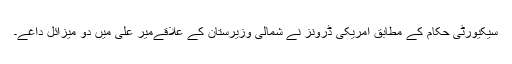
سیکیورٹی حکام کے مطابق امریکی ڈرونز نے شمالی وزیرستان کے علاقےمیر علی میں دو میزائل داغے۔